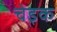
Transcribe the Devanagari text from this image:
चेइक